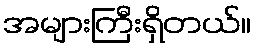
အများကြီးရှိတယ်။